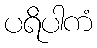
ပရိပါကံ